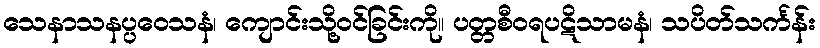
သေနာသနပ္ပဝေသနံ၊ ကျောင်းသို့ဝင်ခြင်းကို။ ပတ္တစီဝရပဋိသာမနံ၊ သပိတ်သင်္ကန်း